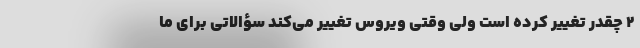
۲ چقدر تغییر کرده است ولی وقتی ویروس تغییر می‌کند سؤالاتی برای ما